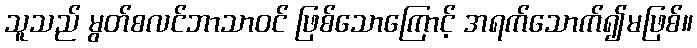
သူသည် မွတ်စလင်ဘာသာဝင် ဖြစ်သောကြောင့် အရက်သောက်၍မဖြစ်။